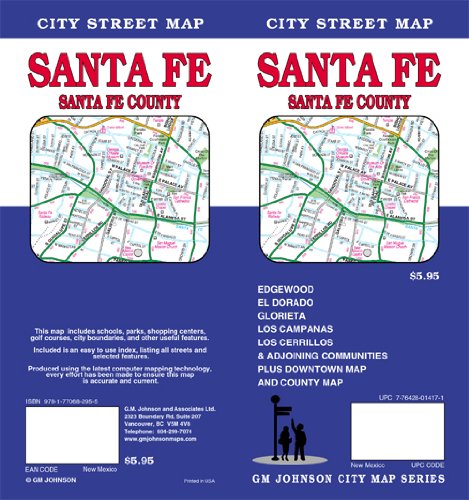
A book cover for Santa Fe, SantaFe County City Street Map; G.M. Johnson & Associates Ltd; Travel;